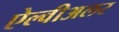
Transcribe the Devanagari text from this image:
ऐल्वीअलर